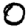
Digit: 0